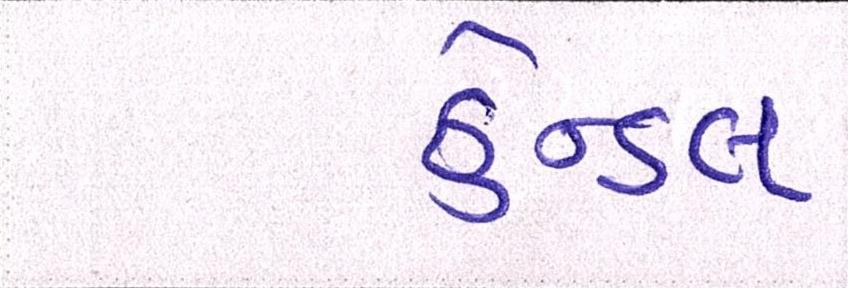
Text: હેન્ડલ